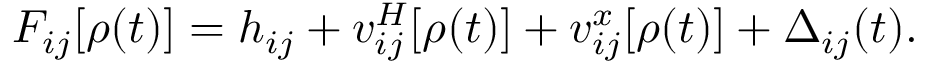
F _ { i j } [ \rho ( t ) ] = h _ { i j } + v _ { i j } ^ { H } [ \rho ( t ) ] + v _ { i j } ^ { x } [ \rho ( t ) ] + \Delta _ { i j } ( t ) .